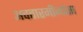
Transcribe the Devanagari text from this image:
अवतारमीमांसा